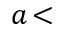
a \! <